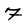
Character: 7